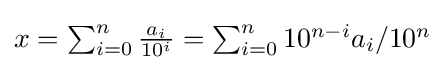
{\textstyle x=\sum _{i=0}^{n}{\frac {a_{i}}{10^{i}}}=\sum _{i=0}^{n}10^{n-i}a_{i}/10^{n}}